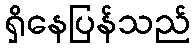
ရှိနေပြန်သည်